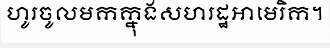
ហូរចូលមកក្នុងសហរដ្ឋអាមេរិក។